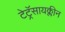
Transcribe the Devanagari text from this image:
टेट्रॅसायक्लीन